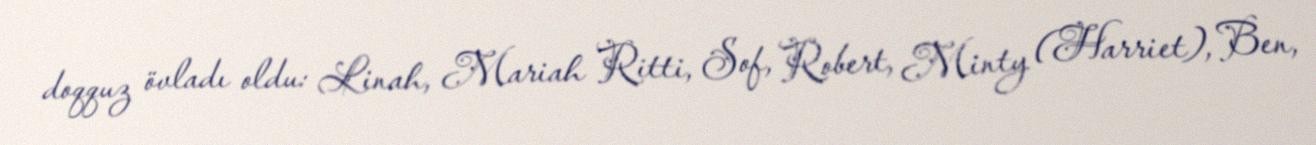
doqquz övladı oldu: Linah, Mariah Ritti, Sof, Robert, Minty (Harriet), Ben,